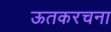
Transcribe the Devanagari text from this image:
ऊतकरचना